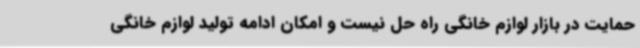
حمایت در بازار لوازم خانگی راه حل نیست و امکان ادامه تولید لوازم خانگی